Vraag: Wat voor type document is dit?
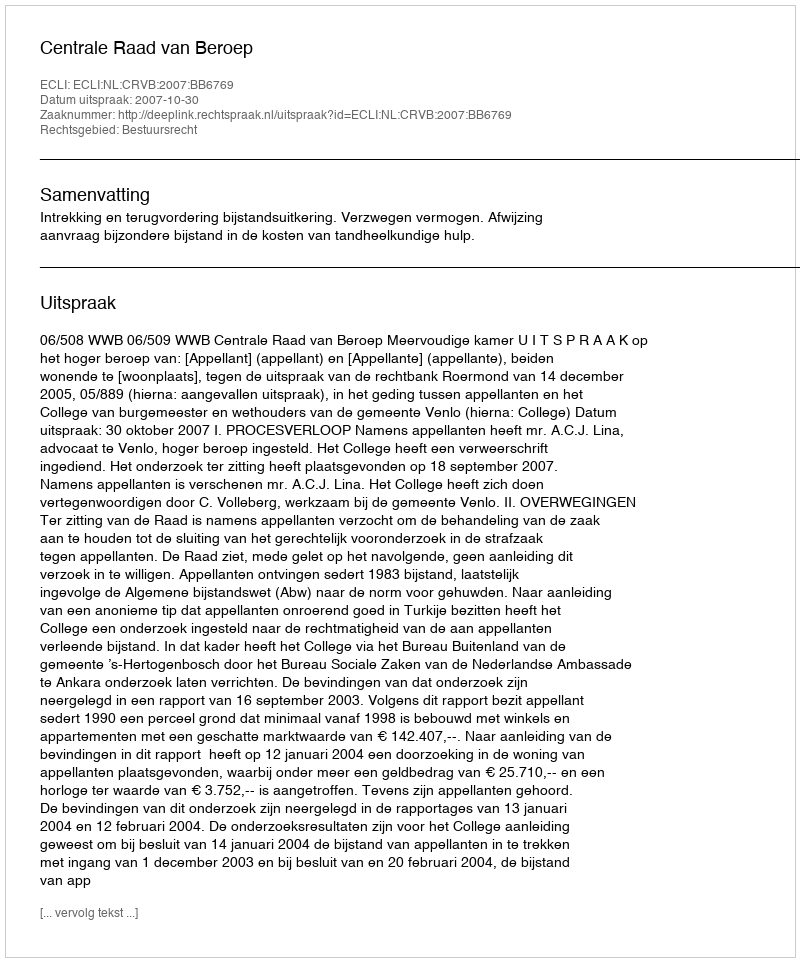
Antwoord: Uitspraak